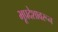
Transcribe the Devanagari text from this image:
भूप्रदेशावरून